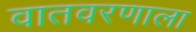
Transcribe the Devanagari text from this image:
वातवरणाला